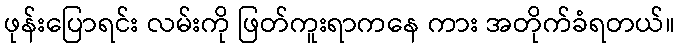
ဖုန်းပြောရင်း လမ်းကို ဖြတ်ကူးရာကနေ ကား အတိုက်ခံရတယ်။